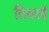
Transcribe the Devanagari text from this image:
तिसाई